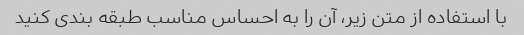
با استفاده از متن زیر، آن را به احساس مناسب طبقه بندی کنید